Scientific memoirs by medical officers of the Army of India - Part III,
Year: 1887
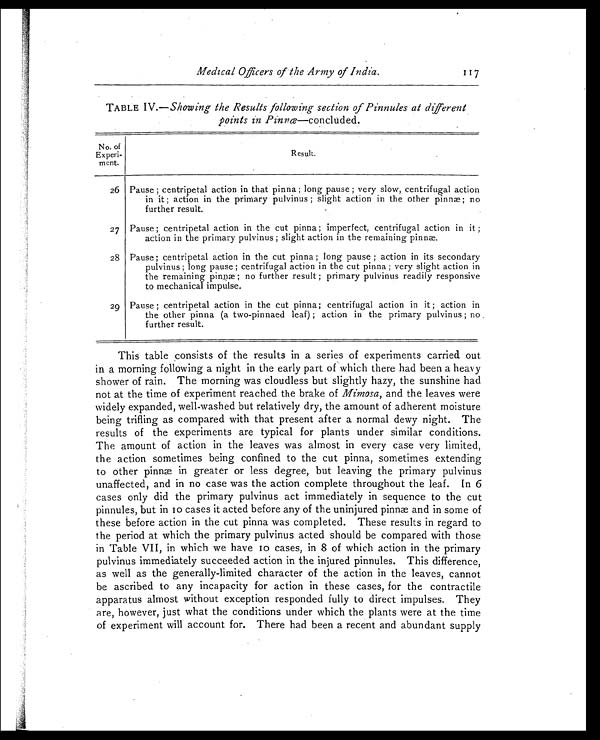
Medical Officers of the Army of India . 117
TABLE IV.—Showing the Results following section of Pinnules at different
points in Pinnœ—concluded.
No. of
Experi -
ment.
Resul t.
26 Pause ; centripetal action in that pinna ; long pause ; very slow, centrifugal action
in it ; action in the primary pulvinus ; slight action in the other pinnæ no
further result.
27 Pause ; centripetal action in the cut pinna ; imperfect, centrifugal action in it ;
action in the primary pulvinus ; slight action in the remaining pinnæ.
28 Pause ; centripetal action in the cut pinna ; long pause ; action in its secondary
pulvinus ; long pause ; centrifugal action in the cut pinna ; very slight action in
the remaining pinnæ ; no further result ; primary pulvinus readily responsive
to mechanical impulse.
29 Pause ; centripetal action in the cut pinna; centrifugal action in it ; action in
the other pinna (a two-pinnaed leaf) ; action in the primary pulvinus ; no .
further result.
This table consists of the results in a series of experiments carried out
in a morning following a night in the early part of which there had been a heavy
shower of rain. The morning was cloudless but slightly hazy, the sunshine had
not at the time of experiment reached the brake of Mimosa, and the leaves were
widely expanded, well-washed but relatively dry, the amount of adherent moisture
being trifling as compared with that present after a normal dewy night. The
results of the experiments are typical for plants under similar conditions.
The amount of action in the leaves was almost in every case very limited,
the action sometimes being confined to the cut pinna, sometimes extending
to other pinnae in greater or less degree, but leaving the primary pulvinus
unaffected, and in no case was the action complete throughout the leaf. In 6
cases only did the primary pulvinus act immediately in sequence to the cut
pi nnul es, but i n i o cases i t acted before any of the uni nj ured pi nnæ and i n some of
these before action in the cut pinna was completed. These results in regard to
the period at which the primary pulvinus acted should be compared with those
in Table VII, in which we have io cases, in 8 of which action in the primary
pulvinus immediately succeeded action in the injured pinnules. This difference,
as well as the generally-limited character of the action in the leaves, cannot
be ascribed to any incapacity for action in these cases, for the contractile
apparatus almost without exception responded fully to direct impulses. They
are, however, just what the conditions under which the plants were at the time
of experiment will account for. There had been a recent and abundant supply